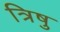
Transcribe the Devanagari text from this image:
त्रिषु